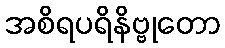
အစိရပရိနိဗ္ဗုတော